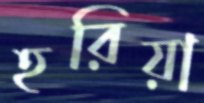
হরিয়া